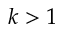
k > 1